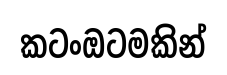
කටංඔටමකින්